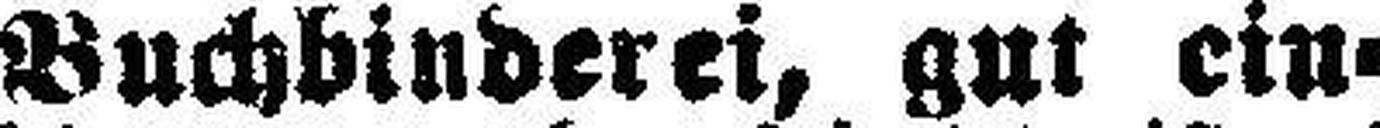
Buchbinderei, gut ein¬